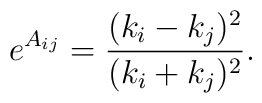
e^{A_{ij}}={ (k_i-k_j)^2 \over  (k_i+k_j)^2 }.